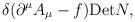
LaTeX: \begin{align*}\delta(\partial^{\mu}A_{\mu}-f){\rm Det}N ,\end{align*}